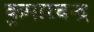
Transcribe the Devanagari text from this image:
कुमारचन्द्र